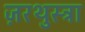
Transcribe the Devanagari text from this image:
ज़रथुस्त्रा